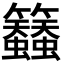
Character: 𮇀